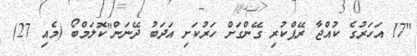
"17 އަހަރުގެ ކުއްޖާ ރޭޕްކުރި ގޭންގަށް ހަރުކަށި އަދަބު ދޭނަން"ކޮލަމްބޯ (މެއި 27)